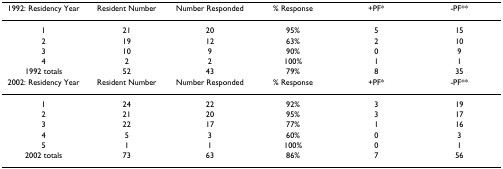
<table><thead><tr><td><b>1992: Residency Year</b></td><td><b>Resident Number</b></td><td><b>Number Responded</b></td><td><b>% Response</b></td><td><b>+PF*</b></td><td><b>-PF**</b></td></tr></thead><tbody><tr><td>1</td><td>21</td><td>20</td><td>95%</td><td>5</td><td>15</td></tr><tr><td>2</td><td>19</td><td>12</td><td>63%</td><td>2</td><td>10</td></tr><tr><td>3</td><td>10</td><td>9</td><td>90%</td><td>0</td><td>9</td></tr><tr><td>4</td><td>2</td><td>2</td><td>100%</td><td>1</td><td>1</td></tr><tr><td>1992 totals</td><td>52</td><td>43</td><td>79%</td><td>8</td><td>35</td></tr><tr><td>2002: Residency Year</td><td>Resident Number</td><td>Number Responded</td><td>% Response</td><td>+PF*</td><td>-PF**</td></tr><tr><td>1</td><td>24</td><td>22</td><td>92%</td><td>3</td><td>19</td></tr><tr><td>2</td><td>21</td><td>20</td><td>95%</td><td>3</td><td>17</td></tr><tr><td>3</td><td>22</td><td>17</td><td>77%</td><td>1</td><td>16</td></tr><tr><td>4</td><td>5</td><td>3</td><td>60%</td><td>0</td><td>3</td></tr><tr><td>5</td><td>1</td><td>1</td><td>100%</td><td>0</td><td>1</td></tr><tr><td>2002 totals</td><td>73</td><td>63</td><td>86%</td><td>7</td><td>56</td></tr></tbody></table>